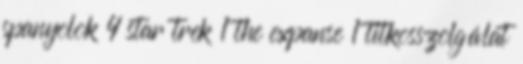
spanyolok 4 star trek 1 the expanse 1 titkosszolgálat